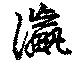
瀛